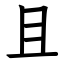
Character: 且